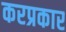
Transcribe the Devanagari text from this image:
करप्रकार